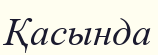
Қасында